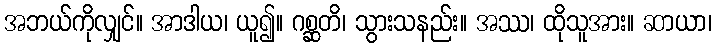
အဘယ်ကိုလျှင်။ အာဒါယ၊ ယူ၍။ ဂစ္ဆတိ၊ သွားသနည်း။ အဿ၊ ထိုသူအား။ ဆာယာ၊